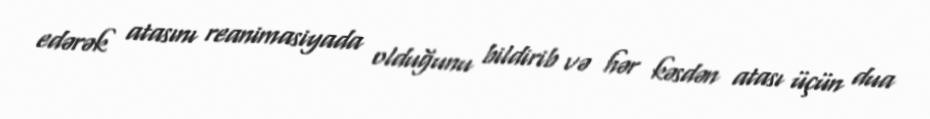
edərək atasını reanimasiyada olduğunu bildirib və hər kəsdən atası üçün dua